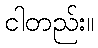
ငါတည်း။